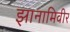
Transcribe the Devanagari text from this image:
झानामिवीर